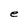
Character: e